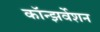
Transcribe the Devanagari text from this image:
कॉन्झर्वेशन